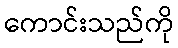
ကောင်းသည်ကို